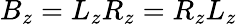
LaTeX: B_{z}=L_{z}R_{z}=R_{z}L_{z}